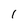
Character: 1